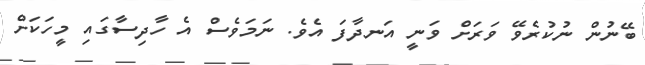
ބޭނުން ނުކުރެވޭ ވަރަށް ވަނީ އަނދާފަ އެވެ. ނަމަވެސް އެ ހާދިސާގައި މީހަކަށް